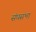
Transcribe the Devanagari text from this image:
संघसभा